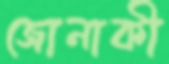
জোনাকী